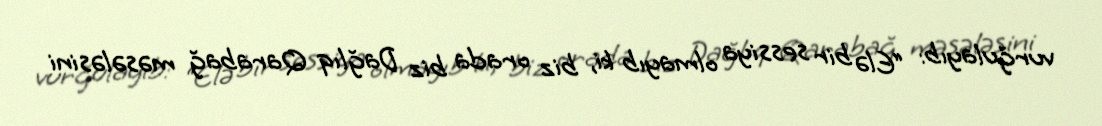
vurğulayıb: “Elə bir sessiya olmayıb ki, biz orada biz Dağlıq Qarabağ məsələsini